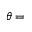
\theta =